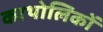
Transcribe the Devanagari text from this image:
काथोलिकों